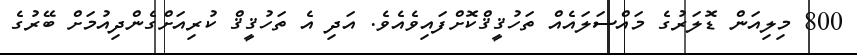
800 މިލިއަން ޑޮލަރުގެ މައްސަލައެއް ތަހުޤީޤްކޮށްފައިވެއެވެ. އަދި އެ ތަހުޤީޤް ކުރިއަށްގެންދިއުމަށް ބޭރުގެ